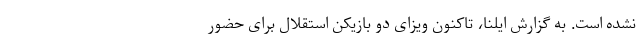
نشده است. به گزارش ایلنا، تاکنون ویزای دو بازیکن استقلال برای حضور